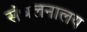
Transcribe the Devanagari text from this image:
संचलनालय